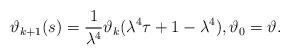
LaTeX: \begin{align*}\vartheta_{k+1}(s)=\frac{1}{\lambda^{4}}\vartheta_k(\lambda^{4} \tau+ 1-\lambda^{4}),\vartheta_{0} = \vartheta.\end{align*}